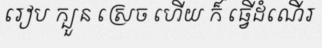
រៀប ក្បួន ស្រេច ហើយ ក៏ ធ្វើដំណើរ